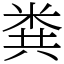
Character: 粪